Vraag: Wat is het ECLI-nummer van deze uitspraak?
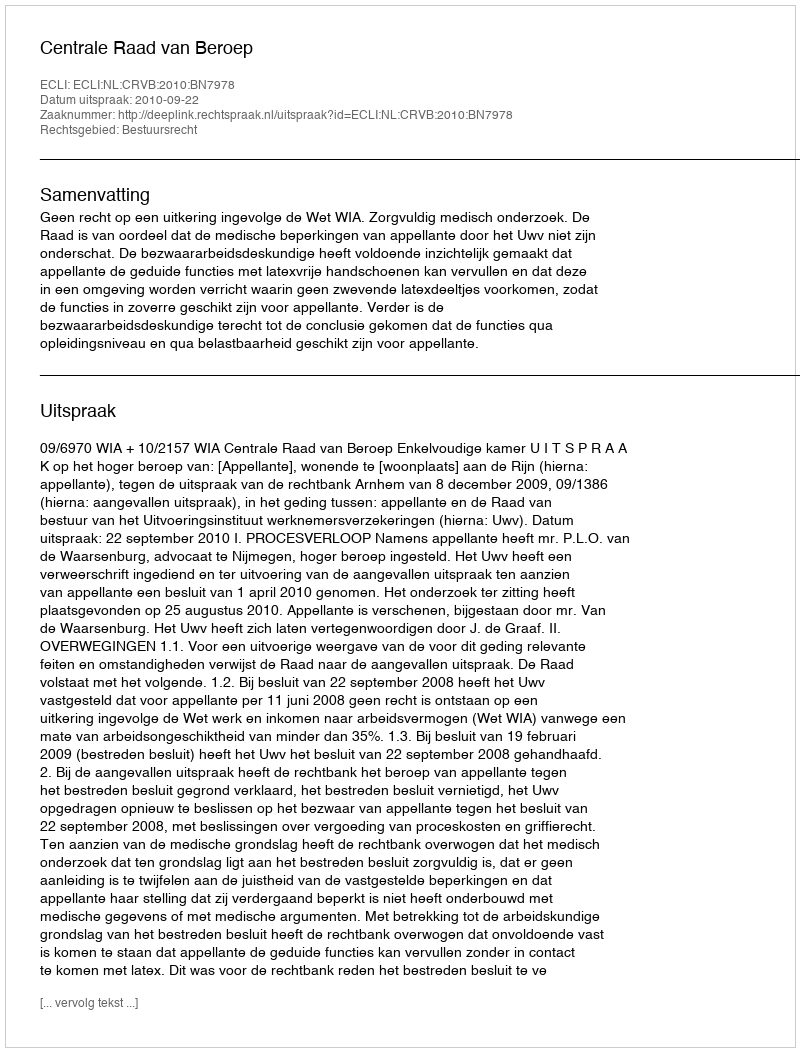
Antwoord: ECLI:NL:CRVB:2010:BN7978